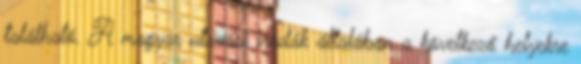
található. A magyar utazási irodák általában a következő helyekre